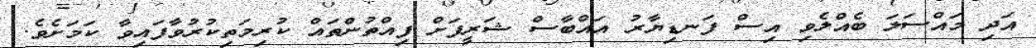
އަދި މައްސަލަ ބެއްލެވި އިސް ފަނޑިޔާރު އައްބާސް ޝަރީފަށް ފިއްތުންތައް ކުރިމަތިކުރުވާފައިވާ ކަމަށެވެ.